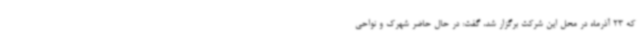
که 23 آذرماه در محل این شرکت برگزار شد، گفت: در حال حاضر شهرک و نواحی